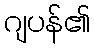
ဂျပန်၏